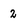
Character: 2